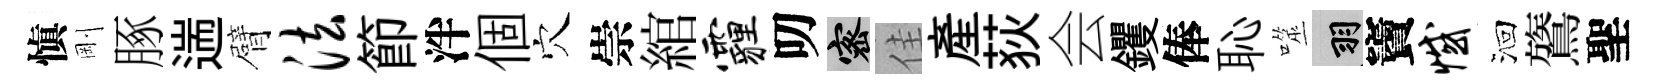
愼剛䐁遄臂法節泮個穴崇綰霾叨密佳産荻会钁俸恥噬羽竇憾洄鷟聖